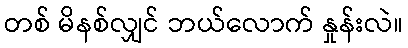
တစ် မိနစ်လျှင် ဘယ်လောက် နှုန်းလဲ။